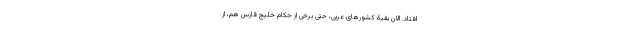
افتاد. الان بقیۀ کشورهای عربی، حتی برخی از حکام خلیج فارس هم، از